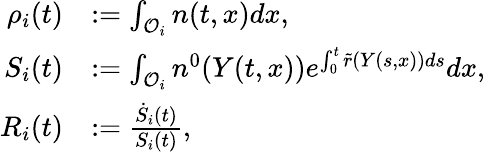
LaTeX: \begin{array}{rl}{\rho_{i}(t)}&{:=\int_{\mathcal{O}_{i}}{n(t,x)dx},}\\ {S_{i}(t)}&{:=\int_{\mathcal{O}_{i}}{n^{0}(Y(t,x))e^{\int_{0}^{t}{\tilde{r}(Y(s,x))ds}}dx},}\\ {R_{i}(t)}&{:=\frac{\dot{S}_{i}(t)}{S_{i}(t)},}\end{array}